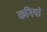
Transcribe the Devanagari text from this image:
कनियां